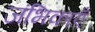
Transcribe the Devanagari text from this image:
जंभिकाएँ